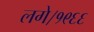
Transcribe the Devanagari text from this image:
लगे।१९६६